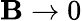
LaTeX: \mathbf{B}\to0